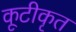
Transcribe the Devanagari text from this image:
कूटीकृत